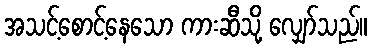
အသင့်စောင့်နေသော ကားဆီသို့ လျှော်သည်။